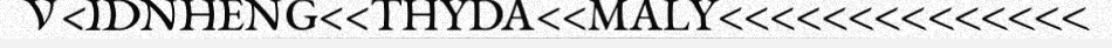
V<IDNHENG<<THYDA<<MALY<<<<<<<<<<<<<<